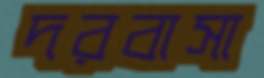
দরবাসা